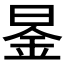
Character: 𮲤